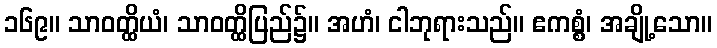
၁၆၉။ သာဝတ္ထိယံ၊ သာဝတ္ထိပြည်၌။ အဟံ၊ ငါဘုရားသည်။ ဧကစ္စံ၊ အချို့သော။